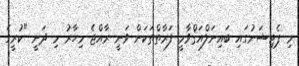
މި ޕެޓިޝަނުގައި ބައިނަލްއަޤްވާމީ ފަރާތްތަަކަށް ވަނީ ރާއްޖެ މިހާރު މި ދަނީ "ކުރީގެ